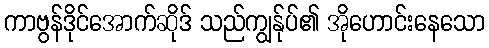
ကာဗွန်ဒိုင်အောက်ဆိုဒ် သည်ကျွန်ုပ်၏ အိုဟောင်းနေသော